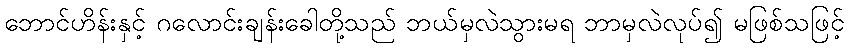
ဘောင်ဟိန်းနှင့် ဂလောင်းချန်းခေါတို့သည် ဘယ်မှလဲသွားမရ ဘာမှလဲလုပ်၍ မဖြစ်သဖြင့်